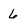
Character: 6